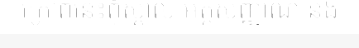
ក្រៅពីនេះពុំស្គាល់ អត្តសញ្ញាណ និង